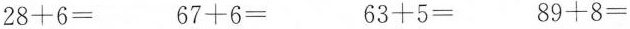
$$2 8 + 6 =$$